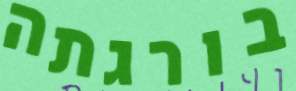
בורגתה